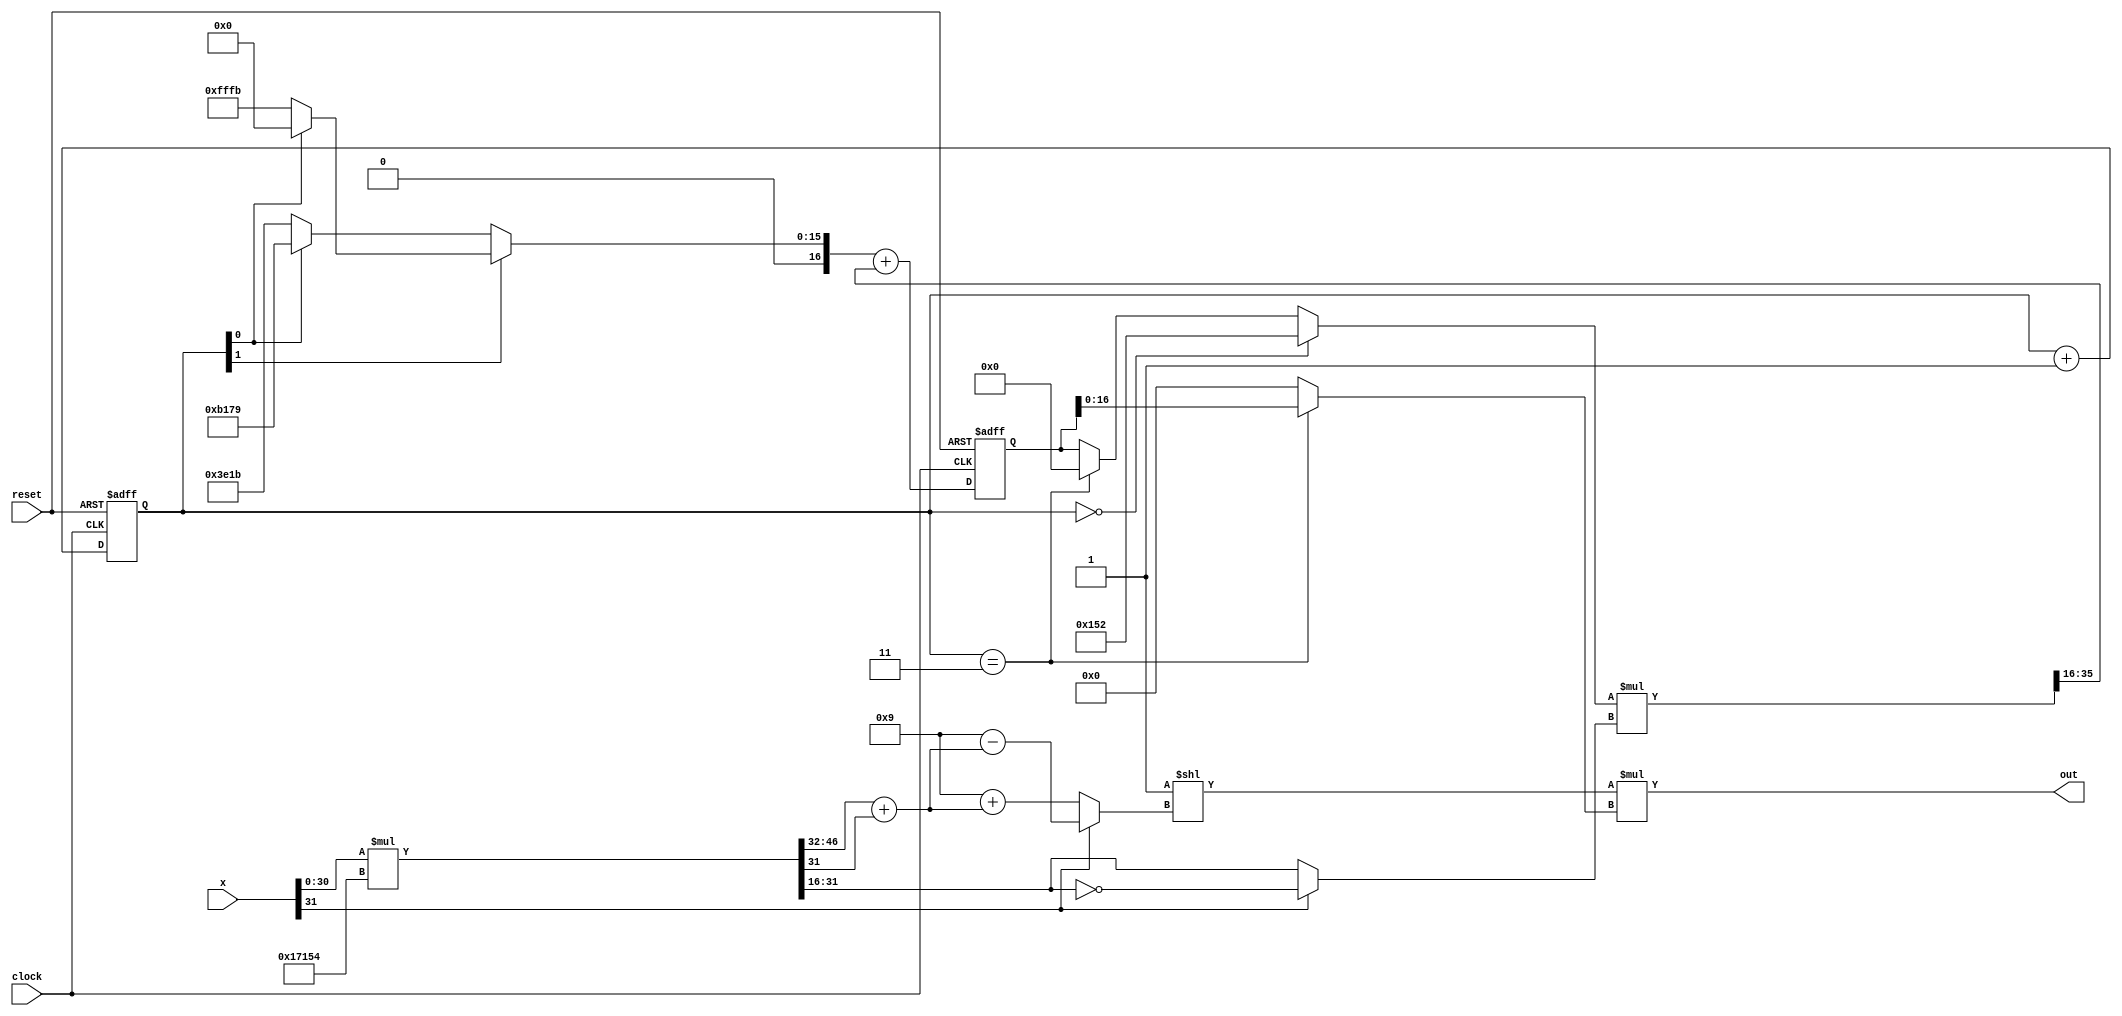
`timescale 1ns / 1ps
//////////////////////////////////////////////////////////////////////////////////
// Company: 
// Engineer: 
// 
// Design Name: 
// Module Name: expfn_pipelined
// Project Name: 
// Target Devices: 
// Tool Versions: 
// Description: 
// 
// Dependencies: 
// 
// Revision:
// Revision 0.01 - File Created
// Additional Comments:
// 
//////////////////////////////////////////////////////////////////////////////////


module expfn_pipelined(
    input [31:0] x, //1.15.16 format
    input clock,
    input reset,
    output [46:0] out   //22.25
    );
    parameter signed a = 20'b00001111111111111011,
    b = 20'b00001011000101111001,
    c = 20'b00000011111000011011,
    d = 20'b00000000000101010010;
    
    wire [47:0] z;  //16.32
    wire [15:0] i, i1;
    wire signed [15:0] f;
    wire [19:0] two_f, sum; //4.16
    reg [19:0] d_ff;  
    reg [1:0] count=0;
    wire signed [19:0] mult, prod_fb, prod_shifted, add;
    wire signed [35:0] prod;
    wire [29:0] two_i;  //21.9
    
    assign z = x[30:0] * 17'b10111000101010100; //log2(e)=1.01110001010101000111
    assign i = z[46:32] + z[31] ;
    assign f = x[31] ? ~z[31:16] : z[31:16];
                
                
    always@(posedge clock or posedge reset) 
                            if(reset==1) count <= 'b0;
                            else count <= count + 'b1;
    always@(posedge clock or posedge reset) 
                            if(reset==1) d_ff <= 'b0;
                            else d_ff <= sum;
    
    assign mult = (count == 'd0) ? d : prod_fb;
    assign prod = mult * f;
    assign prod_shifted = prod>>>16;
    assign add = (count[1]) ? (count[0]) ? 'd0 : a
                         : (count[0]) ? b : c;
    assign sum = add + prod_shifted;
    assign prod_fb = (count == 'd3) ? 'b0 : d_ff;
    assign two_f = (count == 'd3) ? d_ff : 'b0;
    
    
    assign i1 = x[31] ? 'd9-i : 'd9+i;
    assign two_i = 'b1 << (i1); //-ve x working
    
    assign out = two_i * two_f[16:0];   //21.9 * 1.16    
    //can be implemented without multiplying and directly shifting
    
endmodule